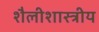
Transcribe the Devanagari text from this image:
शैलीशास्त्रीय